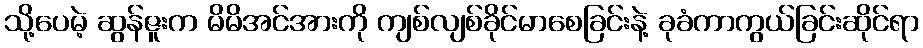
သို့ပေမဲ့ ဆွန်ဇူးက မိမိအင်အားကို ကျစ်လျစ်ခိုင်မာစေခြင်းနဲ့ ခုခံကာကွယ်ခြင်းဆိုင်ရာ